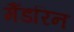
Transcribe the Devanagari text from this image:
मैंडरिन